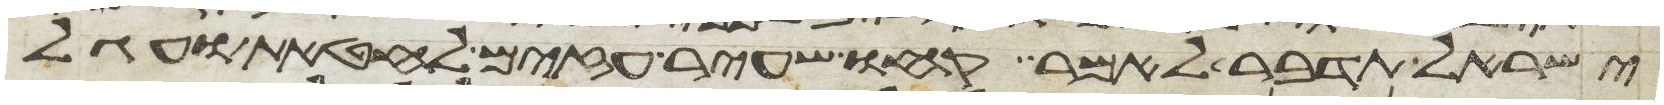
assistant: ישראל תדבר לאמר קחו שעיר עזים לחטאת ועגל